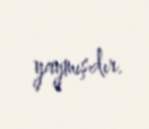
yaymışdır.